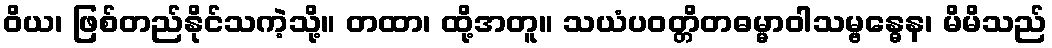
ဝိယ၊ ဖြစ်တည်နိုင်သကဲ့သို့။ တထာ၊ ထို့အတူ။ သယံပဝတ္တိတဓမ္မာဝါသမ္ဗန္ဓေန၊ မိမိသည်